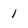
Character: 1